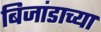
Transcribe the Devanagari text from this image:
बिजांडाच्या